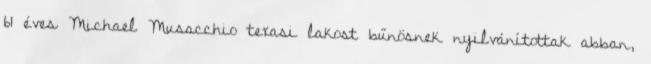
61 éves Michael Musacchio texasi lakost bűnösnek nyilvánítottak abban,